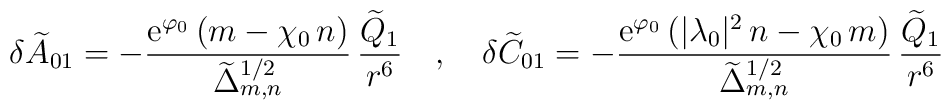
\delta{\widetilde A}_{01}=-\frac{{\rm e}^{\varphi_0}\,(m-\chi_0\,n)}{{\widetilde\Delta}_{m,n}^{1/2}}\,\frac{{\widetilde Q}_1 }{r^6} ~~~,~~~\delta{\widetilde C}_{01} = -\frac{{\rm e}^{\varphi_0}\,(|\lambda_0|^2\,n-\chi_0\,m)}{{\widetilde\Delta}_{m,n}^{1/2}}\,\frac{{\widetilde Q}_1}{r^6}